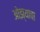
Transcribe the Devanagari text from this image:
ओझ्याचा